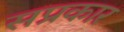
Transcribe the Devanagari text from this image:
सप्रकार